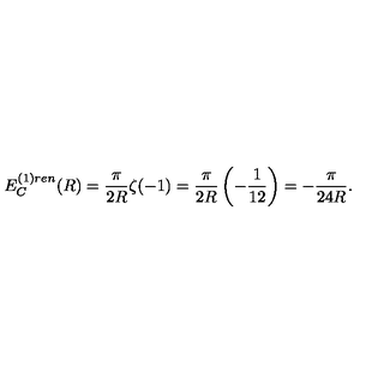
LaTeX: E _ { C } ^ { ( 1 ) r e n } ( R ) = \frac { \pi } { 2 R } \zeta ( - 1 ) = \frac { \pi } { 2 R } \left( - \frac { 1 } { 1 2 } \right) = - \frac { \pi } { 2 4 R } .